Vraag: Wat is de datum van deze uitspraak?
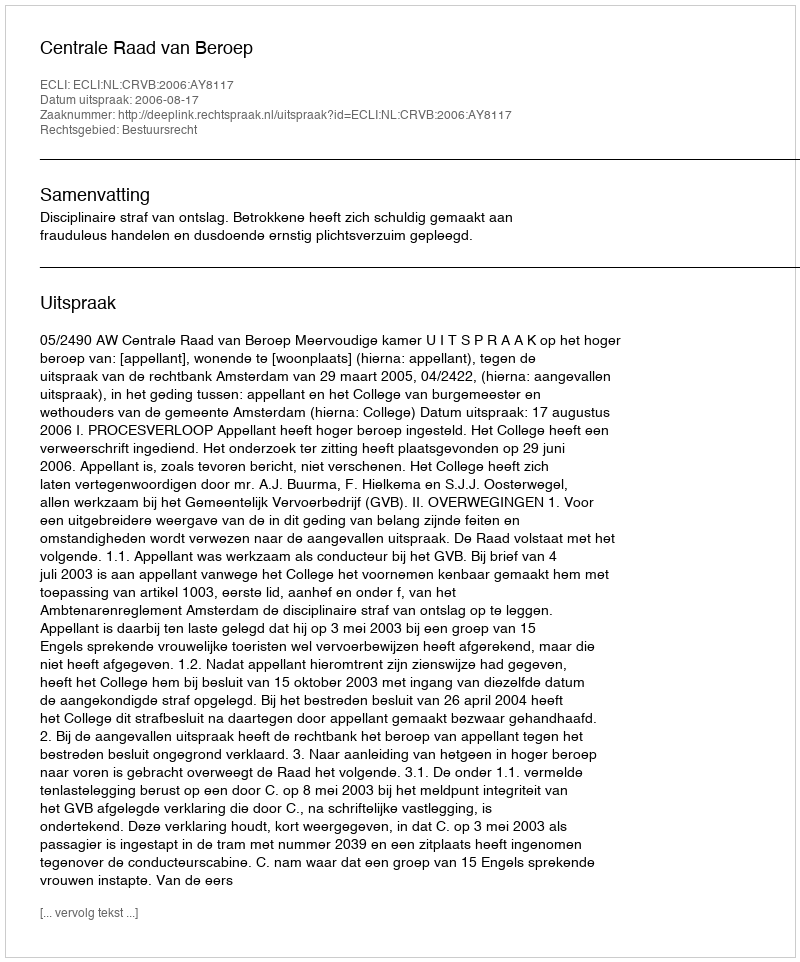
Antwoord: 2006-08-17